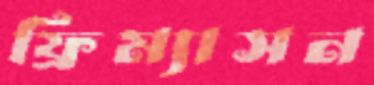
ফ্রিম্যাসন